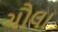
ચૌલા